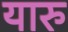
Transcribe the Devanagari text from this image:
यारु